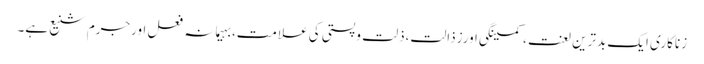
زناکاری ایک بدترین لعنت ،کمینگی اورزذالت،ذلت وپستی کی علامت،بہیمانہ فعل اورجرم شنیع ہے۔